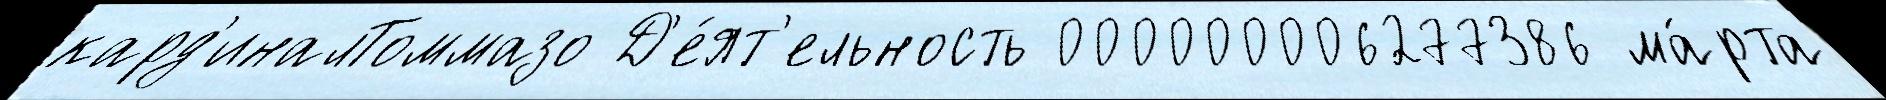
кард'иналТоммазо Д'е́ят'ельность 000000006277386 ма́рта